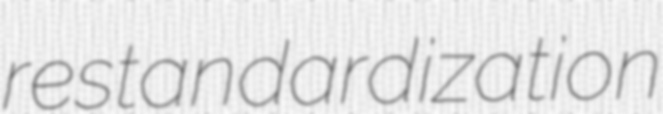
restandardization